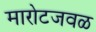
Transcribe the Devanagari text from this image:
मारोटजवळ